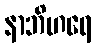
နာဘိဟရေ